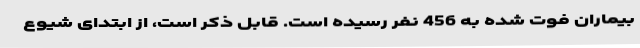
بیماران فوت شده به 456 نفر رسیده است. قابل ذکر است، از ابتدای شیوع